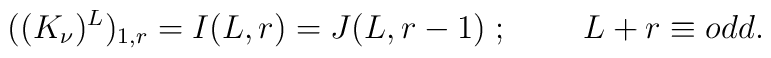
((K_{\nu})^L)_{1,r} = I(L,r) = J(L,r-1) \;;\;\;\;\;\;\;\;\;L+r\equiv odd.